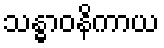
သန္ဓာဝနိကာယ